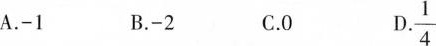
A.-1 B.-2 C.0 D.\frac{1}{4}